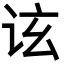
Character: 𬣤